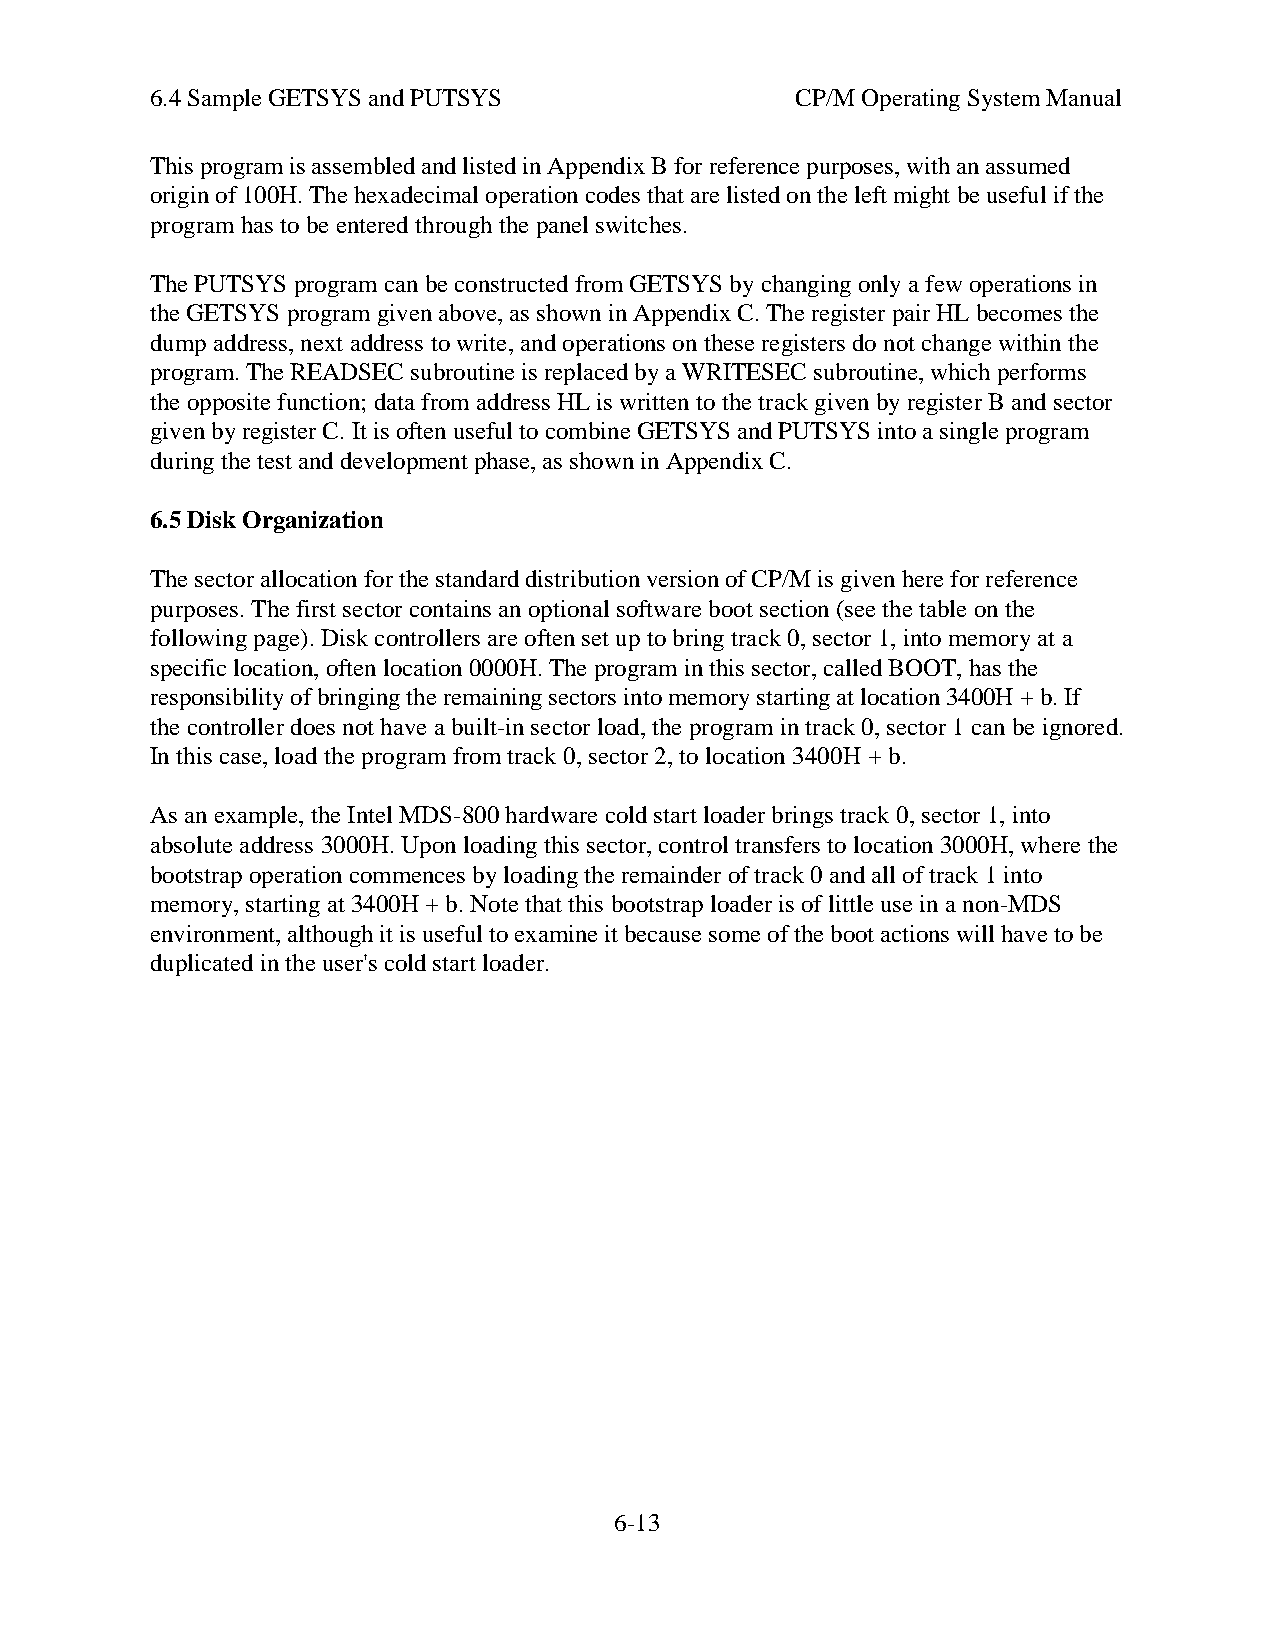
6.4 Sample GETSYS and PUTSYS               CP/M Operating System Manual
 This program is assembled and listed in Appendix B for reference purposes, with an assumed
 origin of 100H. The hexadecimal operation codes that are listed on the left might be useful if the
 program has to be entered through the panel switches.
 The PUTSYS program can be constructed from GETSYS by changing only a few operations in
 the GETSYS program given above, as shown in Appendix C. The register pair HL becomes the
 dump address, next address to write, and operations on these registers do not change within the
 program. The READSEC subroutine is replaced by a WRITESEC subroutine, which performs
 the opposite function; data from address HL is written to the track given by register B and sector
 given by register C. It is often useful to combine GETSYS and PUTSYS into a single program
 during the test and development phase, as shown in Appendix C.
 6.5 Disk Organization
 The sector allocation for the standard distribution version of CP/M is given here for reference
 purposes. The first sector contains an optional software boot section (see the table on the
 following page). Disk controllers are often set up to bring track 0, sector 1, into memory at a
 specific location, often location 0000H. The program in this sector, called BOOT, has the
 responsibility of bringing the remaining sectors into memory starting at location 3400H + b. If
 the controller does not have a built-in sector load, the program in track 0, sector 1 can be ignored.
 In this case, load the program from track 0, sector 2, to location 3400H + b.
 As an example, the Intel MDS-800 hardware cold start loader brings track 0, sector 1, into
 absolute address 3000H. Upon loading this sector, control transfers to location 3000H, where the
 bootstrap operation commences by loading the remainder of track 0 and all of track 1 into
 memory, starting at 3400H + b. Note that this bootstrap loader is of little use in a non-MDS
 environment, although it is useful to examine it because some of the boot actions will have to be
 duplicated in the user's cold start loader.
 6-13